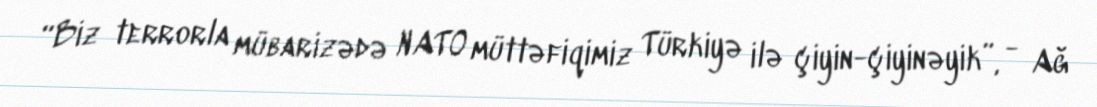
“Biz terrorla mübarizədə NATO müttəfiqimiz Türkiyə ilə çiyin-çiyinəyik”, - Ağ